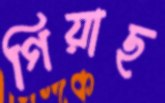
গিয়াছ